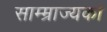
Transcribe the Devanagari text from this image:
साम्म्राज्यका